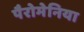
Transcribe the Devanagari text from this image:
पैरोमेनिया